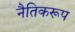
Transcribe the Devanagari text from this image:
नैतिकरूप